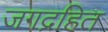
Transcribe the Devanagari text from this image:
जगद्रहित